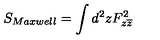
S _ { M a x w e l l } = \int d ^ { 2 } z F _ { z \overline { { z } } } ^ { 2 }